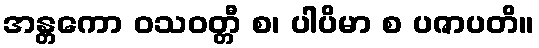
အန္တကော ဝသဝတ္တီ စ၊ ပါပိမာ စ ပဇာပတိ။